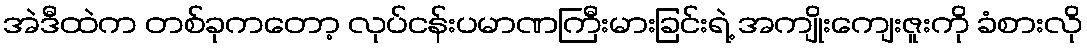
အဲဒီထဲက တစ်ခုကတော့ လုပ်ငန်းပမာဏကြီးမားခြင်းရဲ့ အကျိုးကျေးဇူးကို ခံစားလို